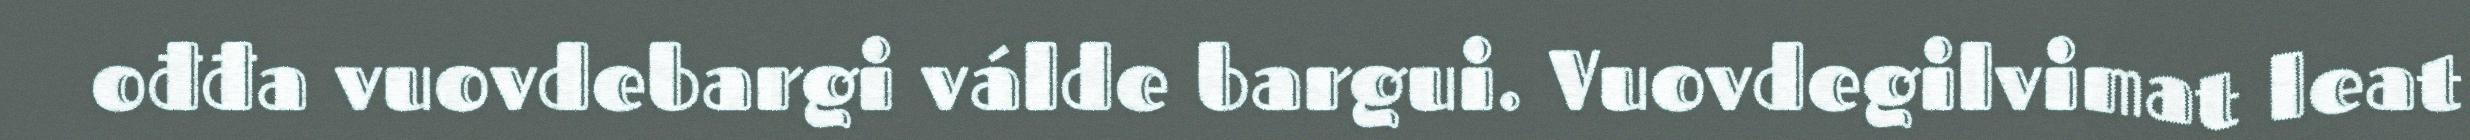
ođđa vuovdebargi válde bargui. Vuovdegilvimat leat